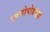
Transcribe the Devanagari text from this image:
एक्सोपोडाइड